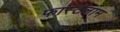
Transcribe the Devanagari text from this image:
फास्टलाम